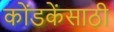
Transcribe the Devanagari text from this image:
कोंडकेंसाठी